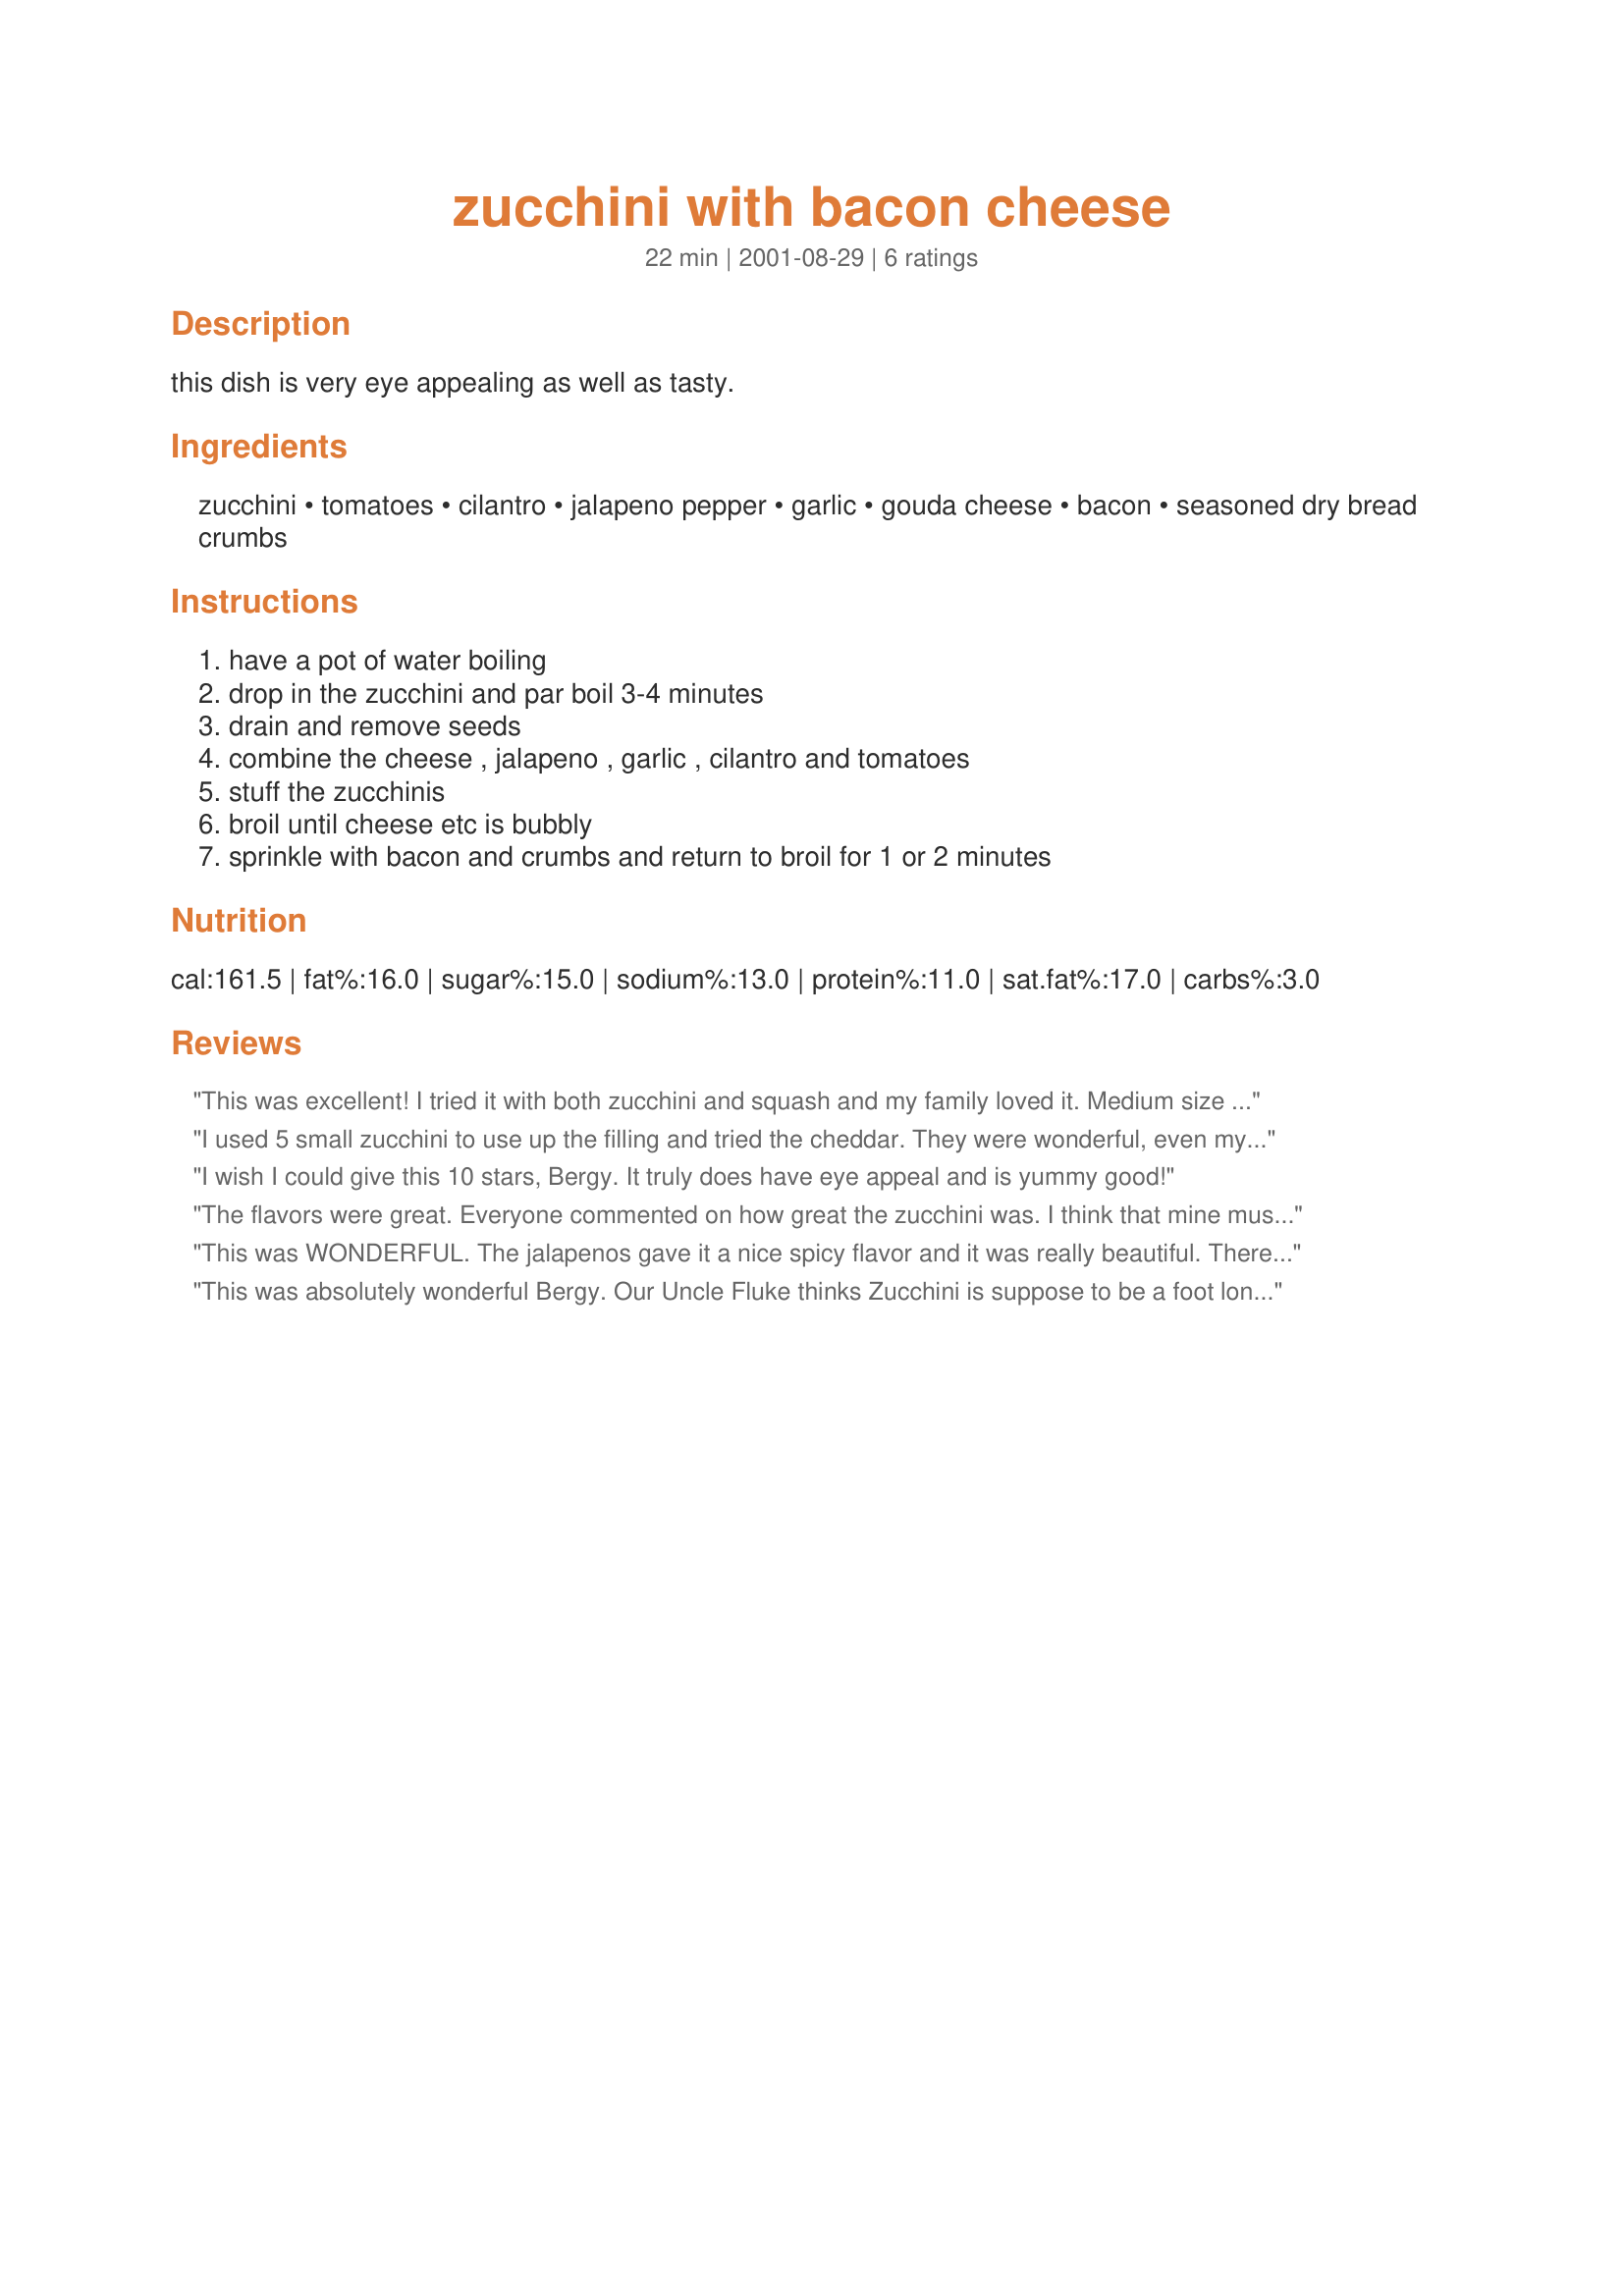
zucchini with bacon cheese
Preparation time: 22 minutes

this dish is very eye appealing as well as tasty.

Ingredients:
zucchini, tomatoes, cilantro, jalapeno pepper, garlic, gouda cheese, bacon, seasoned dry bread crumbs

Steps:
have a pot of water boiling, drop in the zucchini and par boil 3-4 minutes, drain and remove seeds, combine the cheese , jalapeno , garlic , cilantro and tomatoes, stuff the zucchinis, broil until cheese etc is bubbly, sprinkle with bacon and crumbs and return to broil for 1 or 2 minutes

Reviews:
This was excellent! I tried it with both zucchini and squash and my family loved it. Medium size zucchini work better than giant zucchini.
I used 5 small zucchini to use up the filling and tried the cheddar. They were wonderful, even my 6yr. old ate one and she hates zucchini! If time is ever an issue, you can replace the tomatoes, garlic, cilantro and chili with fresh salsa from the deli section. Next time I'll try the gouda!
I wish I could give this 10 stars, Bergy. It truly does have eye appeal and is yummy good!
The flavors were great. Everyone commented on how great the zucchini was. I think that mine must be much smaller than yours because I filled 3 and still had filling left over. I will cook some more again tomorrow to finish off the filling. Thanks for posting, this one is a real keeper.
This was WONDERFUL. The jalapenos gave it a nice spicy flavor and it was really beautiful. There were many different flavors. I would serve this at a dinner party because the presentation was great and they were very tasty. Thanks, I will cook this many times I'm sure.
This was absolutely wonderful Bergy. Our Uncle Fluke thinks Zucchini is suppose to be a foot long so this recipe worked well for us. (I Like them much smaller) Loved the combination. Didn't use cilantro and used cheddar cheese because we were having company and was afraid he wouldn't like gouda and the company raved about this. Got the recipe so he could make it for his folks. Thanks again for a repeat recipe this summer.
